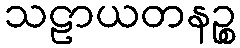
သဠာယတနဉ္စ